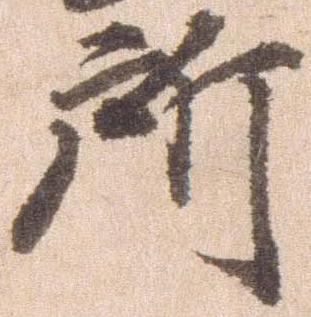
所